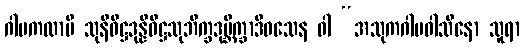
ဂါမကထာပိ သုနိဝိဋ္ဌဒုန္နိဝိဋ္ဌသုဘိက္ခဒုဗ္ဘိက္ခာဒိဝသေန ဝါ “အသုကဂါမဝါသိနော သူရာ